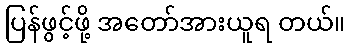
ပြန်ဖွင့်ဖို့ အတော်အားယူရ တယ်။